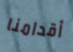
أقدامنا